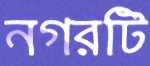
নগরটি